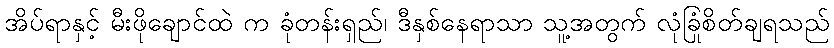
အိပ်ရာနှင့် မီးဖိုချောင်ထဲ က ခုံတန်းရှည်၊ ဒီနှစ်နေရာသာ သူ့အတွက် လုံခြုံစိတ်ချရသည်